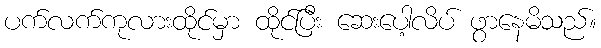
ပက်လက်ကုလားထိုင်မှာ ထိုင်ပြီး ဆေးပေါ့လိပ် ဖွာနေမိသည်။